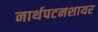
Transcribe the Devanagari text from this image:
नार्थपटनशायर